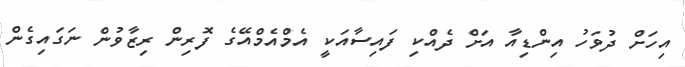
އިހަށް ދުވަހު އިންޑިއާ އަށް ދެއްކި ފައިސާއަކީ އެމްއެމްއޭގެ ފޮރިން ރިޒާވުން ނަގައިގެން